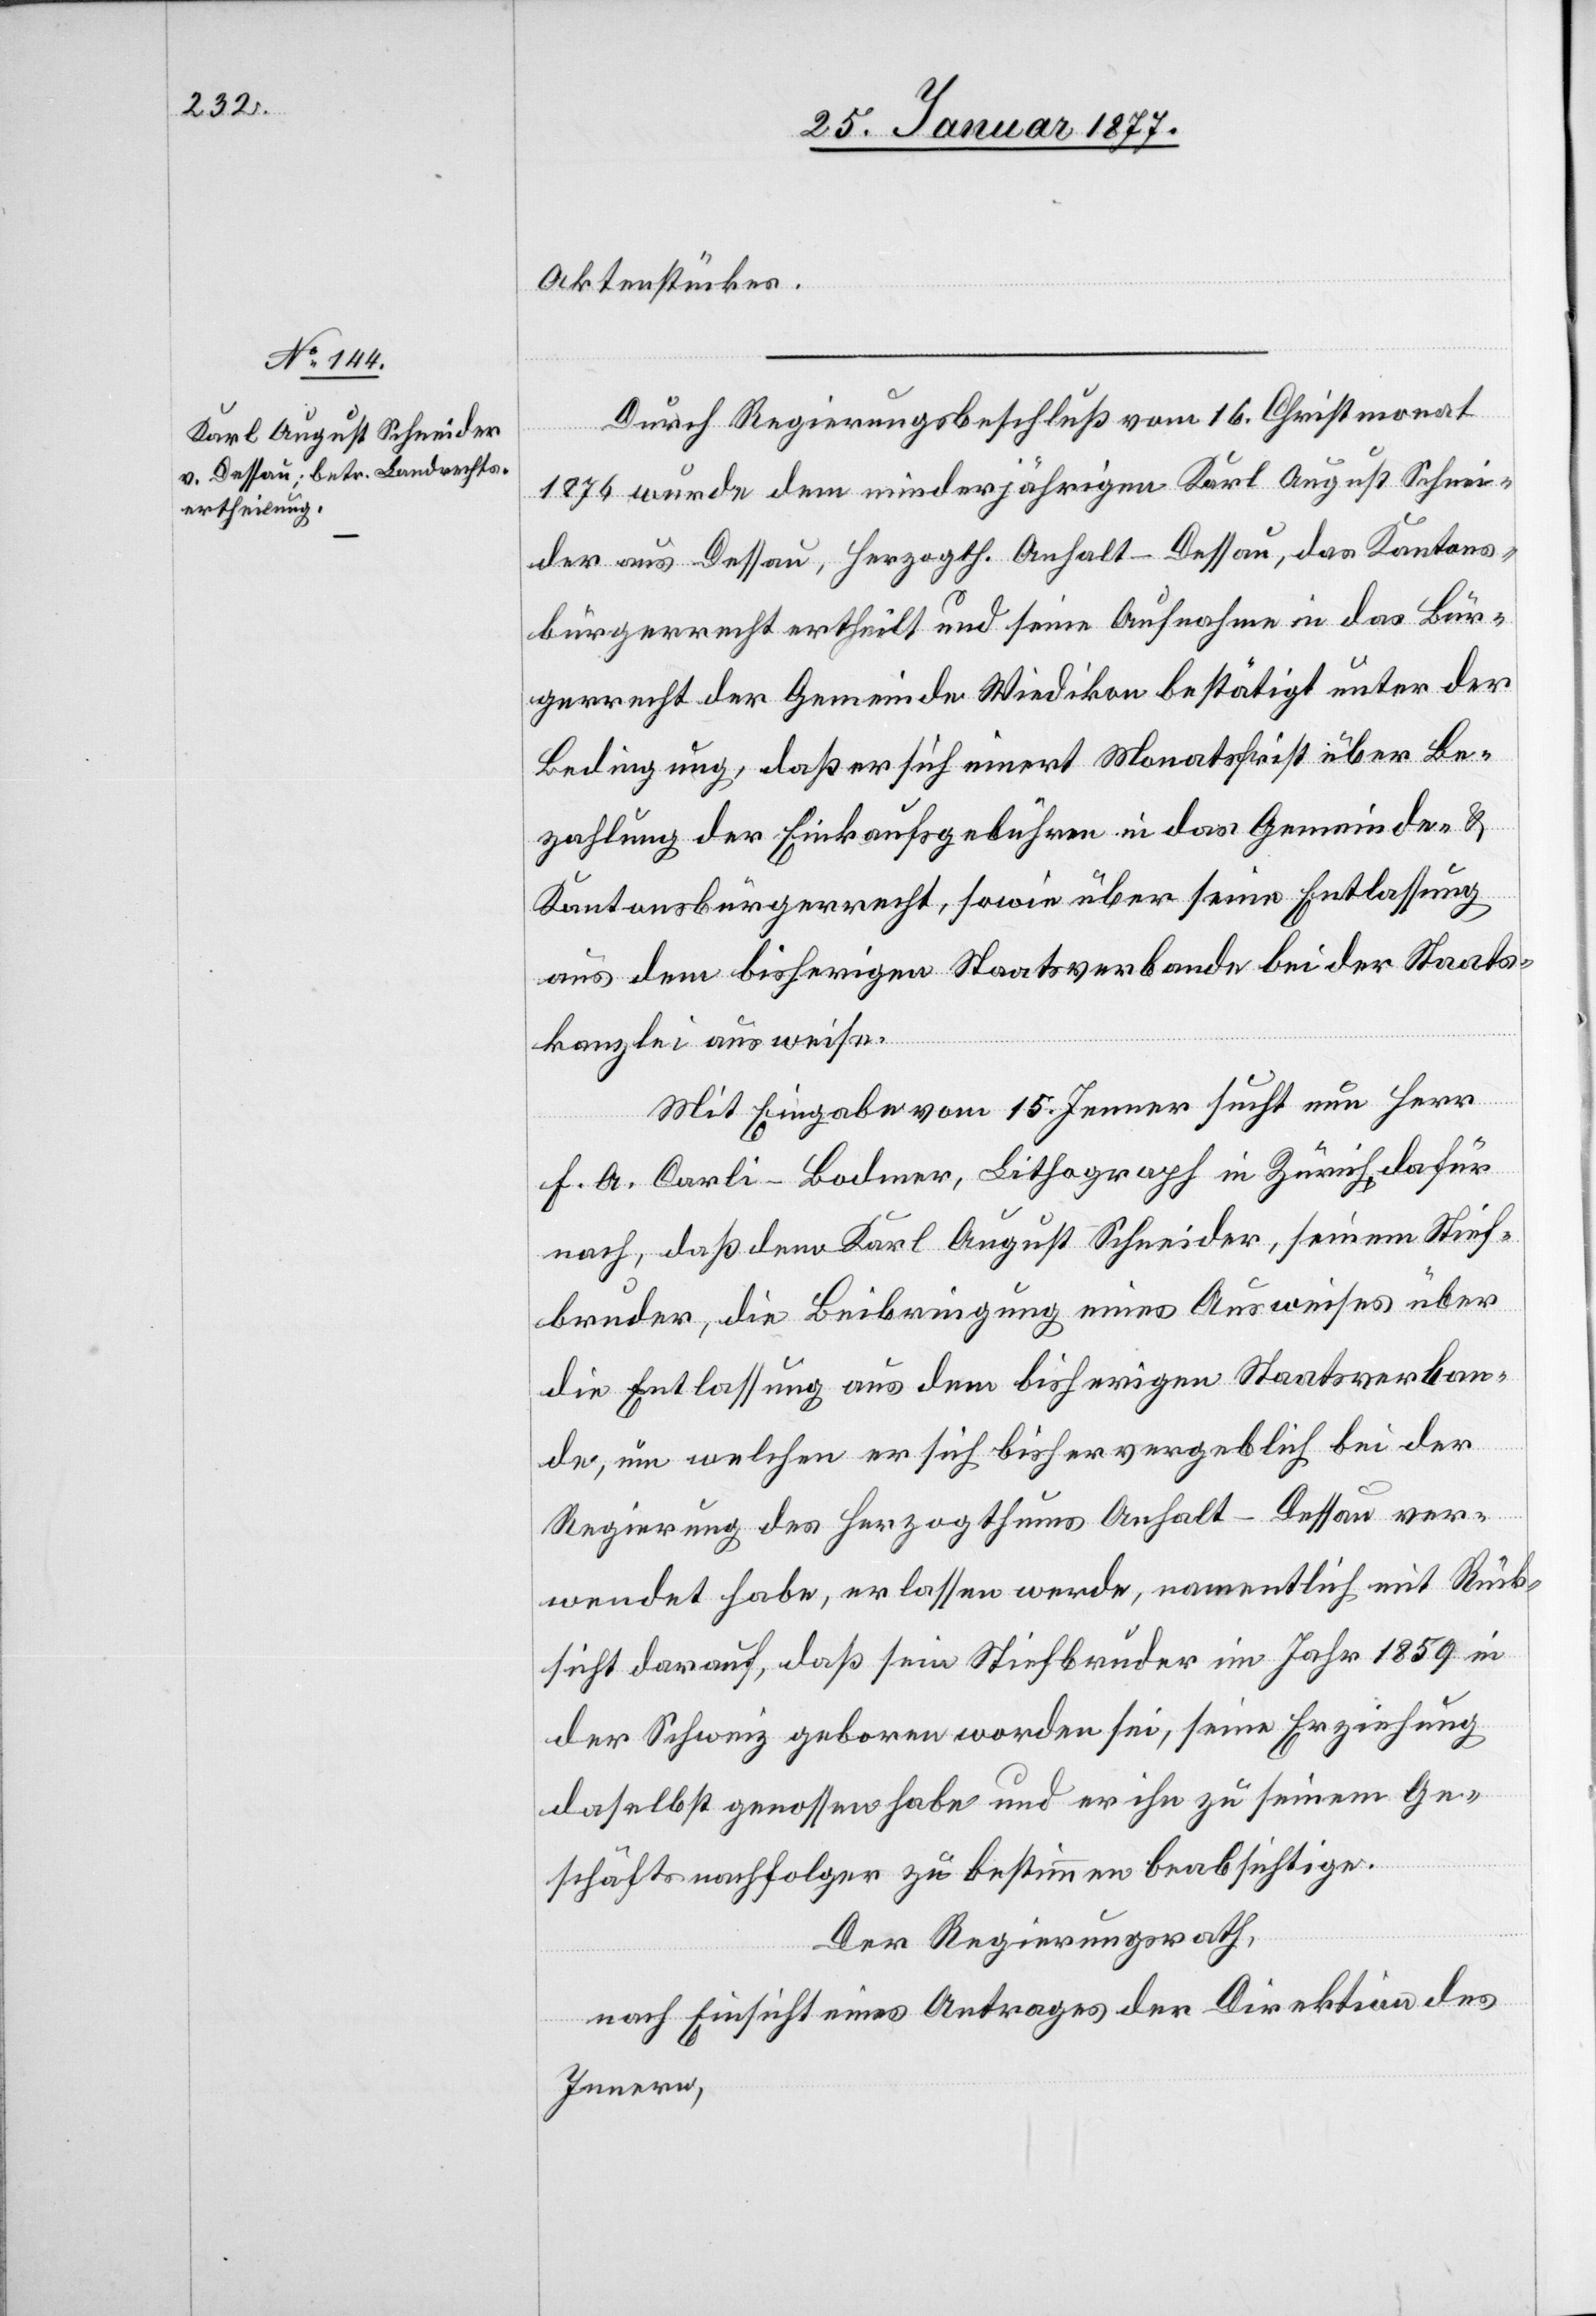
Aktenstücke.
Durch Regierungsbeschluß vom 16. Christmonat
1876 wurde dem minderjährigen Karl August Schnei¬
der von Dessau, Herzogth. Anhalt-Dessau, das Kantons¬
bürgerrecht ertheilt und seine Aufnahme in das Bür¬
gerrecht der Gemeinde Wiedikon bestätigt unter der
Bedingung, daß er sich innert Monatsfrist über Be¬
zahlung der Einkaufsgebühren in das Gemeinde- &
Kantonsbürgerrecht, sowie über seine Entlassung
aus dem bisherigen Staatsverbande bei der Staats¬
kanzlei ausweise.
Mit Eingabe vom 15. Jenner sucht nun Herr
F. A. Carli-Bodmer, Lithograph in Zürich dafür
nach, daß dem Karl August Schneider, seinem Stief¬
bruder, die Beibringung eines Ausweises über
die Entlassung aus dem bisherigen Staatsverban¬
de, um welchen er sich bisher vergeblich bei der
Regierung des Herzogthums Anhalt-Dessau ver¬
wendet habe, erlassen werde, namentlich mit Rück¬
sicht darauf, daß sein Stiefbruder im Jahr 1859 in
der Schweiz geboren worden sei, seine Erziehung
daselbst genossen habe und er ihn zu seinem Ge¬
schäftsnachfolger zu bestimmen beabsichtige.
Der Regierungsrath,
nach Einsicht eines Antrages der Direktion des
Innern,